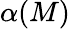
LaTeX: \alpha(M)